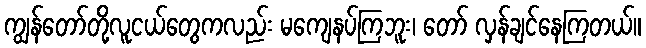
ကျွန်တော်တို့လူငယ်တွေကလည်း မကျေနပ်ကြဘူး၊ တော် လှန်ချင်နေကြတယ်။